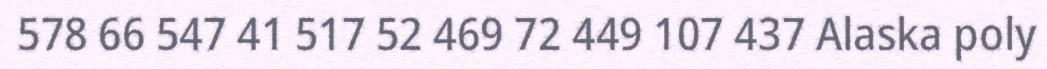
578 66 547 41 517 52 469 72 449 107 437 Alaska poly